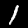
Digit: 1